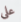
على